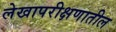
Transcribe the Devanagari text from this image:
लेखापरीक्षणातील